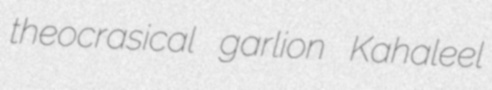
theocrasical garlion Kahaleel